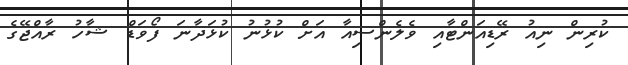
ކުރިން ނިއު ރޭޑިއަންޓާއި ވެލެންސިއާ އަށް ކުޅުނު ކުޅަދާނަ ފޯވަޑް ޝާހު ރާއްޖޭގެ